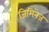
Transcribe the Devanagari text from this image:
जिमिनेज़